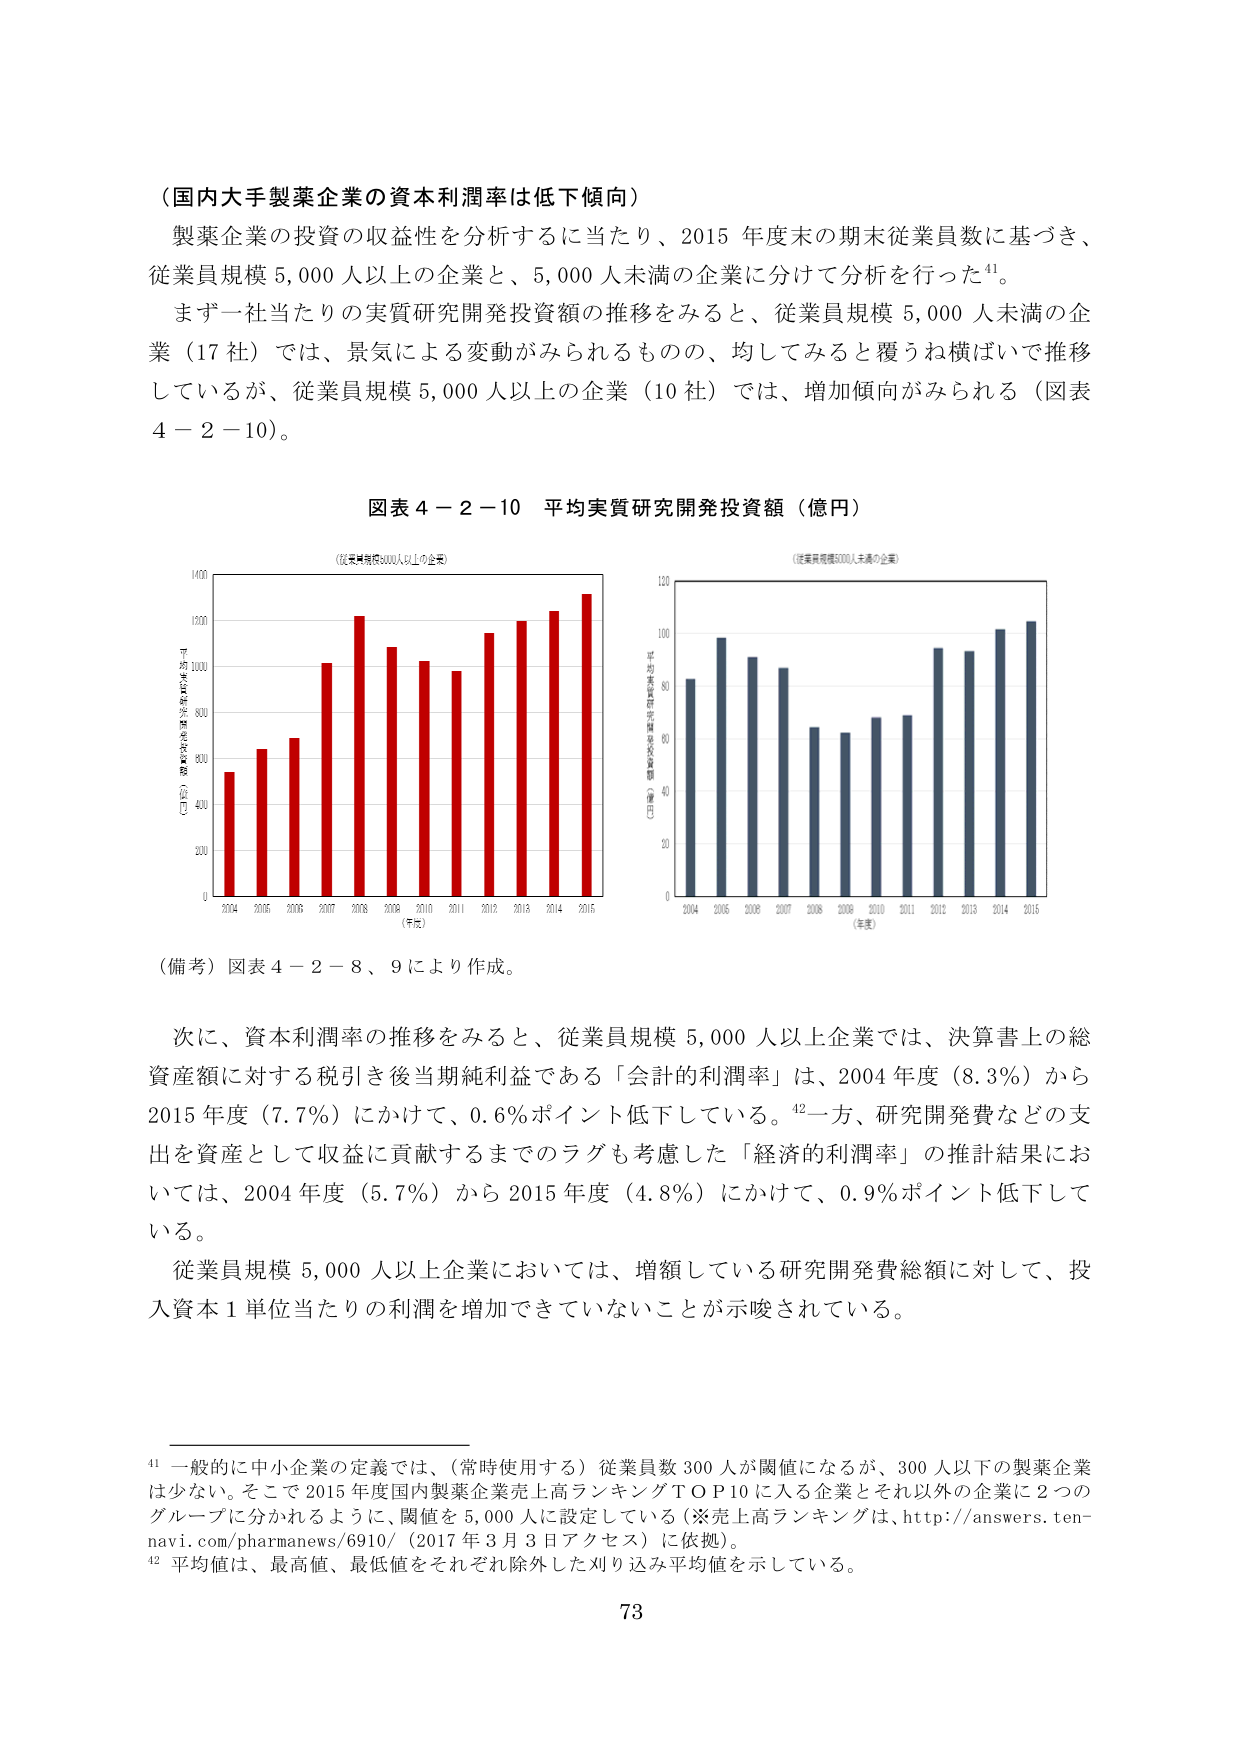
（国内大手製薬企業の資本利潤率は低下傾向）

製薬企業の投資の収益性を分析するに当たり、2015年度末の期末従業員数に基づき、従業員規模5,000人以上の企業と、5,000人未満の企業に分けて分析を行った⁴¹。

まず一社当たりの実質研究開発投資額の推移をみると、従業員規模5,000人未満の企業（17社）では、景気による変動がみられるものの、均してみると覆うね横ばいで推移しているが、従業員規模5,000人以上の企業（10社）では、増加傾向がみられる（図表4－2－10）。

図表4－2－10 平均実質研究開発投資額（億円）

（従業員規模5000人以上の企業）
（従業員規模5000人未満の企業）

（億円）平均実質研究開発投資額
（億円）平均実質研究開発投資額

2004 2005 2006 2007 2008 2009 2010 2011 2012 2013 2014 2015
（年度）

2004 2005 2006 2007 2008 2009 2010 2011 2012 2013 2014 2015
（年度）

（備考）図表4－2－8、9により作成。

次に、資本利潤率の推移をみると、従業員規模5,000人以上企業では、決算書上の総資産額に対する税引き後当期純利益である「会計的利潤率」は、2004年度（8.3％）から2015年度（7.7％）にかけて、0.6％ポイント低下している。⁴²一方、研究開発費などの支出を資産として収益に貢献するまでのラグも考慮した「経済的利潤率」の推計結果においては、2004年度（5.7％）から2015年度（4.8％）にかけて、0.9％ポイント低下している。

従業員規模5,000人以上企業においては、増額している研究開発費総額に対して、投入資本1単位当たりの利潤を増加できていないことが示唆されている。

⁴¹ 一般的に中小企業の定義では、（常時使用する）従業員数300人が閾値になるが、300人以下の製薬企業は少ない。そこで2015年度国内製薬企業売上高ランキングTOP10に入る企業とそれ以外の企業に2つのグループに分かれるように、閾値を5,000人に設定している（※売上高ランキングは、http://answers.ten-navi.com/pharmanews/6910/（2017年3月3日アクセス）に依拠）。

⁴² 平均値は、最高値、最低値をそれぞれ除外した刈り込み平均値を示している。

73